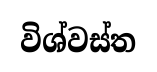
විශ්වස්ත